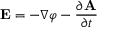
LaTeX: \mathbf { E } = - \nabla \varphi - { \frac { \partial \mathbf { A } } { \partial t } }